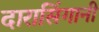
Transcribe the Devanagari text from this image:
दारासिंगानी